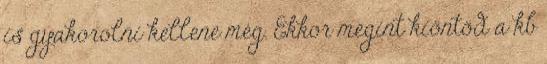
is gyakorolni kellene még. Ekkor megint kiöntöd a kb